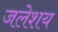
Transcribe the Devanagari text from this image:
जलेशय